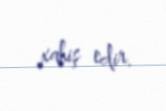
xahiş edir.